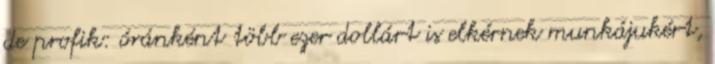
de profik: óránként több ezer dollárt is elkérnek munkájukért,